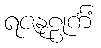
ရဇနုဠုင်္ကံ